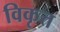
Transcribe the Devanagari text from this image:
विकृत्त